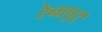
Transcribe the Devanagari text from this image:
रेनापुर्